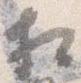
相